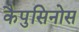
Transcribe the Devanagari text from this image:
कैपुसिनोस